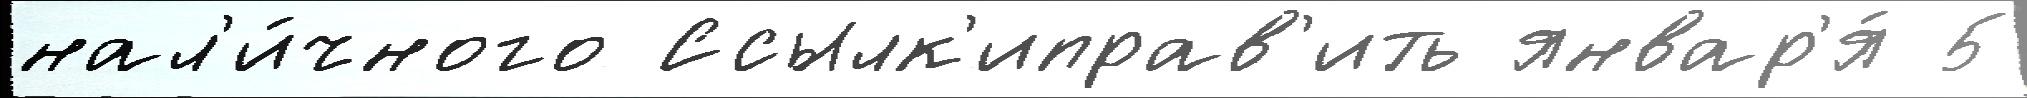
нал'и́чного Ссылк'иправ'ить январ'я́ 5